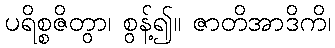
ပရိစ္စဇိတွာ၊ စွန့်၍။ ဇာတိအာဒိကိ၊